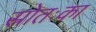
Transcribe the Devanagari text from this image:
स्रोतःका